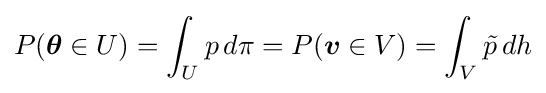
P({\boldsymbol {\theta }}\in U)=\int _{U}p\,d\pi =P({\boldsymbol {v}}\in V)=\int _{V}{\tilde {p}}\,dh